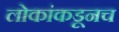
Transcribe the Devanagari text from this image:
लोकांकडूनच